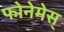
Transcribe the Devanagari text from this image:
फोनेमेस्